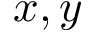
x , y